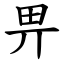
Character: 畀